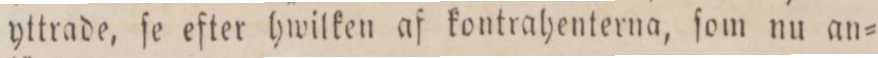
yttrade, ſe efter hwilken af kontrahenterna, ſom nu an=